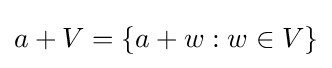
a+V=\{a+w:w\in V\}